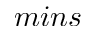
m i n s